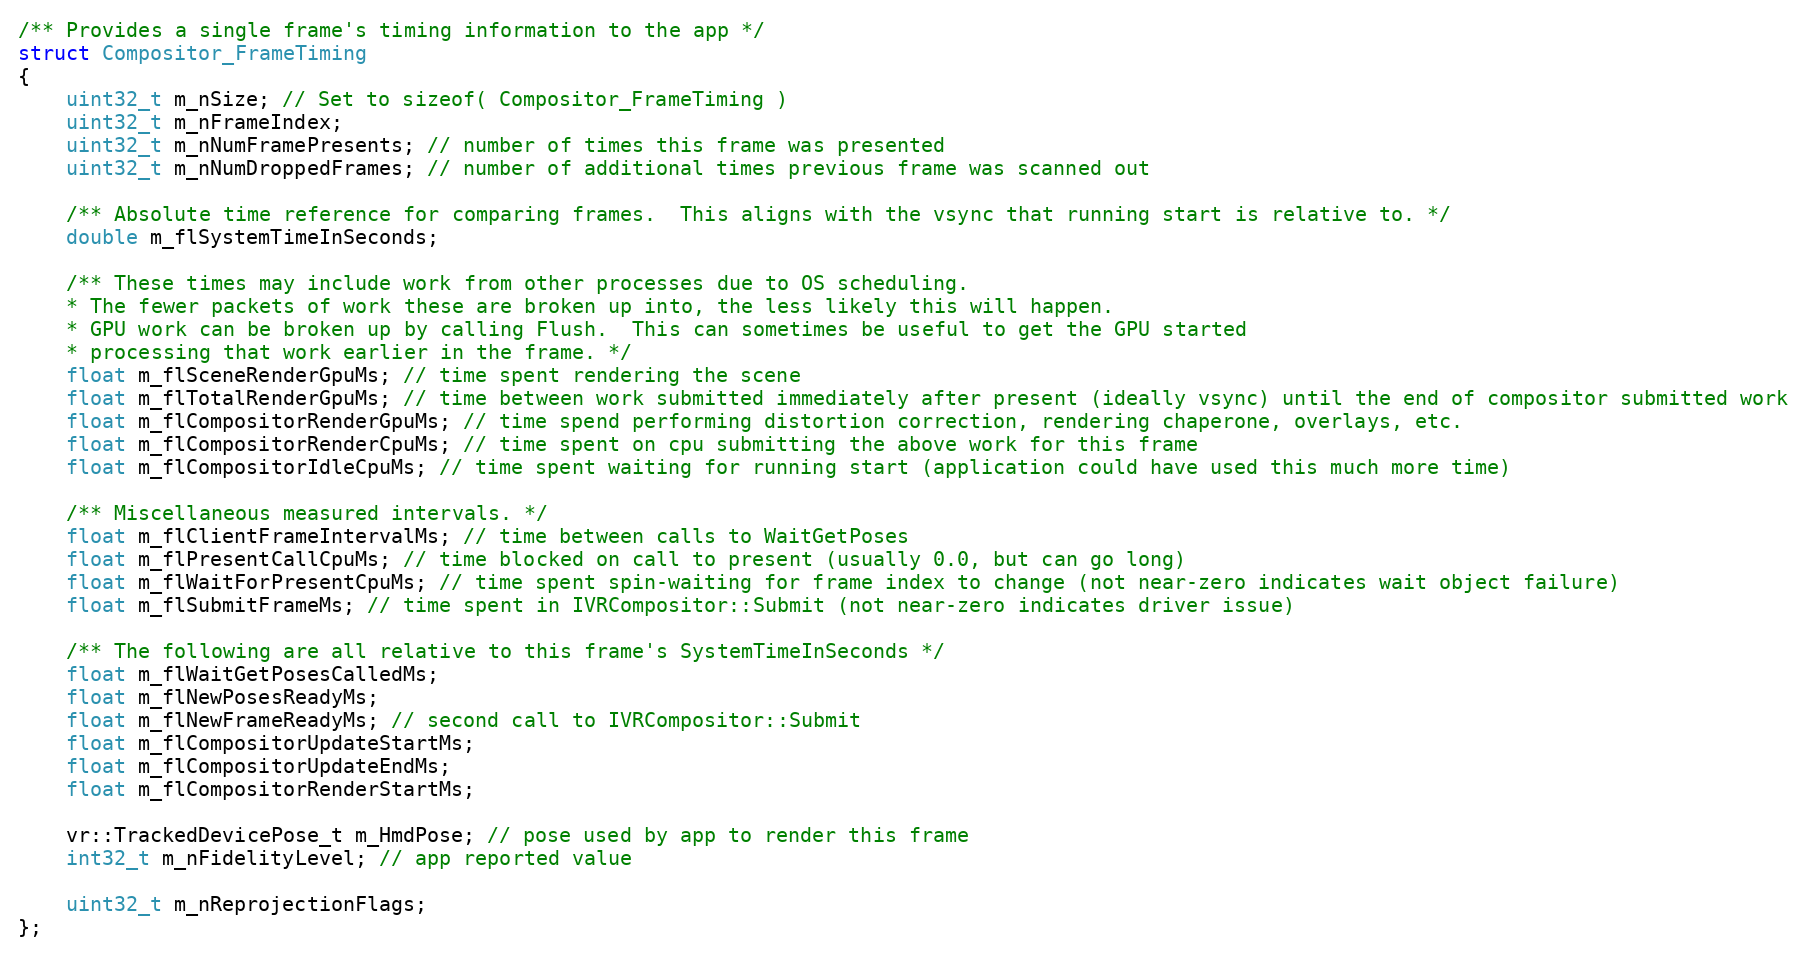
Language: C
/** Provides a single frame's timing information to the app */
struct Compositor_FrameTiming
{
	uint32_t m_nSize; // Set to sizeof( Compositor_FrameTiming )
	uint32_t m_nFrameIndex;
	uint32_t m_nNumFramePresents; // number of times this frame was presented
	uint32_t m_nNumDroppedFrames; // number of additional times previous frame was scanned out

	/** Absolute time reference for comparing frames.  This aligns with the vsync that running start is relative to. */
	double m_flSystemTimeInSeconds;

	/** These times may include work from other processes due to OS scheduling.
	* The fewer packets of work these are broken up into, the less likely this will happen.
	* GPU work can be broken up by calling Flush.  This can sometimes be useful to get the GPU started
	* processing that work earlier in the frame. */
	float m_flSceneRenderGpuMs; // time spent rendering the scene
	float m_flTotalRenderGpuMs; // time between work submitted immediately after present (ideally vsync) until the end of compositor submitted work
	float m_flCompositorRenderGpuMs; // time spend performing distortion correction, rendering chaperone, overlays, etc.
	float m_flCompositorRenderCpuMs; // time spent on cpu submitting the above work for this frame
	float m_flCompositorIdleCpuMs; // time spent waiting for running start (application could have used this much more time)

	/** Miscellaneous measured intervals. */
	float m_flClientFrameIntervalMs; // time between calls to WaitGetPoses
	float m_flPresentCallCpuMs; // time blocked on call to present (usually 0.0, but can go long)
	float m_flWaitForPresentCpuMs; // time spent spin-waiting for frame index to change (not near-zero indicates wait object failure)
	float m_flSubmitFrameMs; // time spent in IVRCompositor::Submit (not near-zero indicates driver issue)

	/** The following are all relative to this frame's SystemTimeInSeconds */
	float m_flWaitGetPosesCalledMs;
	float m_flNewPosesReadyMs;
	float m_flNewFrameReadyMs; // second call to IVRCompositor::Submit
	float m_flCompositorUpdateStartMs;
	float m_flCompositorUpdateEndMs;
	float m_flCompositorRenderStartMs;

	vr::TrackedDevicePose_t m_HmdPose; // pose used by app to render this frame
	int32_t m_nFidelityLevel; // app reported value

	uint32_t m_nReprojectionFlags;
};